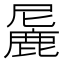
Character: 𬸼